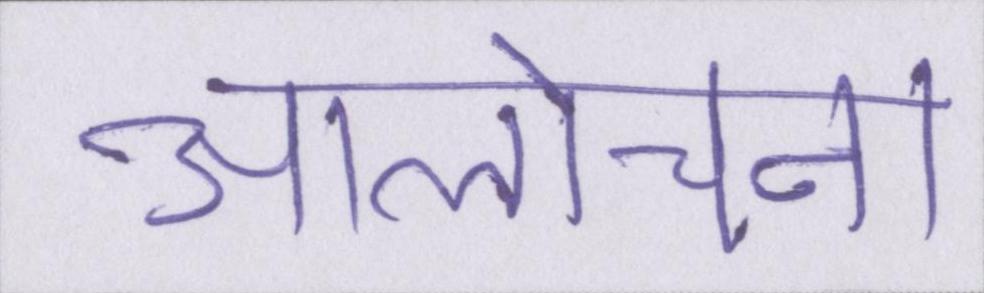
आलोचना